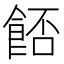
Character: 𩛷